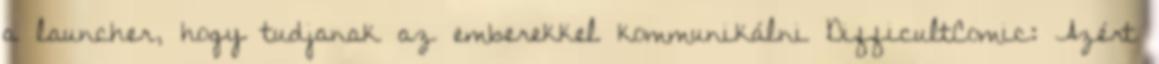
a launcher, hogy tudjanak az emberekkel kommunikálni DifficultComic: Azért